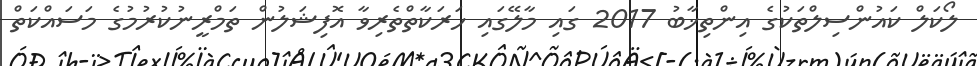
ލޯކަލް ކައުންސިލްތަކުގެ އިންތިޚާބު 2017 ގައި މާލޭގައި ހަރަކާތްތެރިވާ އޮފިޝަލުން ތަމްރީނުކުރުމުގެ މަސައްކަތް